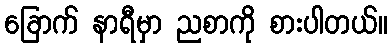
ခြောက် နာရီမှာ ညစာကို စားပါတယ်။